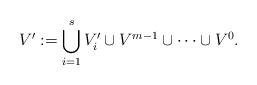
LaTeX: \begin{align*} V':=\bigcup_{i=1}^s V'_i \cup V^{m-1}\cup\cdots\cup V^0. \end{align*}